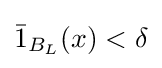
{\bar {1}}_{B_{L}}(x)<\delta